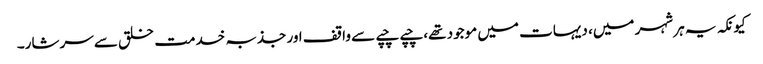
کیونکہ یہ ہر شہر میں، دیہات میں موجود تھے، چپے چپے سے واقف اور جذبہ خدمت خلق سے سرشار۔